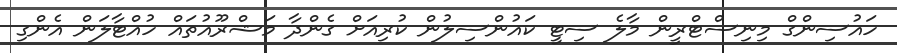
ހައުސިންގް މިނިސްޓްރީން މާލެ ސިޓީ ކައުންސިލުން ކުރިއަށް ގެންދާ މަޝްރޫއުތައް ހުއްޓާލަން އެންގި